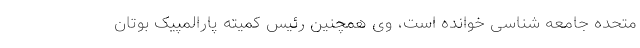
متحده جامعه شناسی خوانده است، وی همچنین رئیس کمیته پارالمپیک بوتان